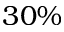
3 0 \%